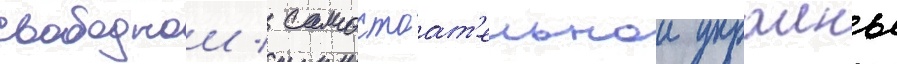
свободнои / самостоат'ельнои украины